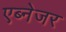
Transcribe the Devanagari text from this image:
एब्नेजर